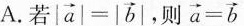
A.若$$| \overrightarrow { a } | = |